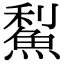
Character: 䱘